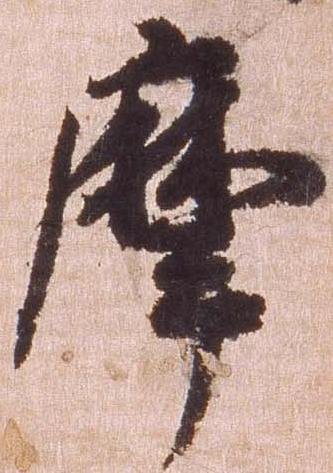
摩